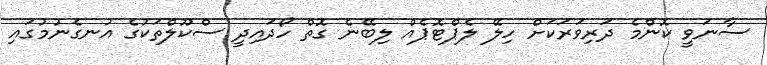
ސާނަވީ ކޮންމެ ދަރިވަރަކަށް ހިލޭ ލެޕްޓޮޕެއް ލިބޭނެ ގޮތް ހޯދައިދީ ސްކޫލްތަކުގެ އުނގެނުމުގައި